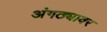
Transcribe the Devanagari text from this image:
अंगठ्यावर